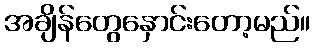
အချိန်တွေနှောင်းတော့မည်။